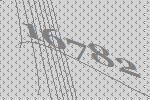
16782